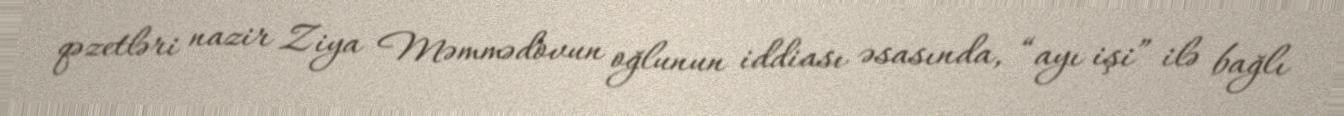
qəzetləri nazir Ziya Məmmədovun oğlunun iddiası əsasında, “ayı işi” ilə bağlı